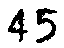
45